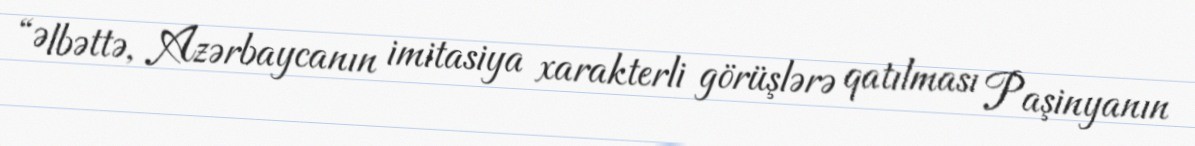
“Əlbəttə, Azərbaycanın imitasiya xarakterli görüşlərə qatılması Paşinyanın